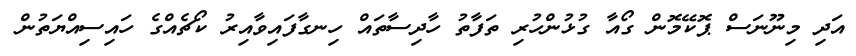
އަދި މިނޫނަސް ޕޮކޭމޮން ގޯއާ ގުޅުންހުރި ތަފާތު ހާދިސާތައް ހިނގާފައިވާއިރު ކޯޗެއްގެ ހައިސިއްޔަތުން